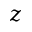
z